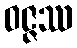
ဝဇ္ဇဿ